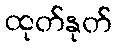
ထုတ်နုတ်